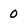
Character: 0